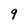
Character: 9